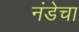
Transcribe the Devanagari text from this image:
नंडेचा